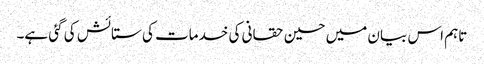
تاہم اس بیان میں حسین حقانی کی خدمات کی ستائش کی گئی ہے۔